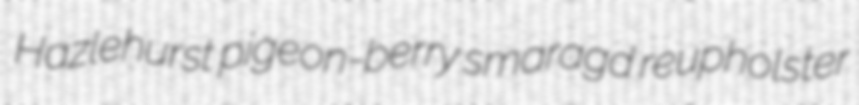
Hazlehurst pigeon-berry smaragd reupholster